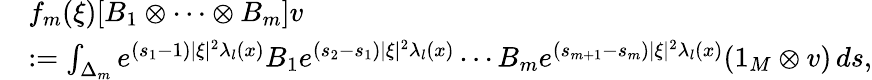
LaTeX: \begin{array}{rl}&{f_{m}(\xi)[B_{1}\otimes\cdots\otimes B_{m}]v}\\ &{:=\int_{\Delta_{m}}e^{(s_{1}-1)|\xi|^{2}\lambda_{l}(x)}B_{1}e^{(s_{2}-s_{1})|\xi|^{2}\lambda_{l}(x)}\cdots B_{m}e^{(s_{m+1}-s_{m})|\xi|^{2}\lambda_{l}(x)}(1_{M}\otimes v)\, ds,}\end{array}